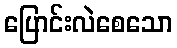
ပြောင်းလဲစေသော